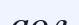
аол